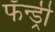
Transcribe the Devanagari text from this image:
फँन्ड्री